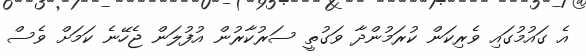
އެ ގައުމުގައި ވެރިކަން ކުރަމުންދާ ވަގުތީ ސަރުކާރުން އުފުލަން ޖެހޭނެ ކަމަށް ވެސް